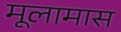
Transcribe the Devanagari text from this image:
मूलामास